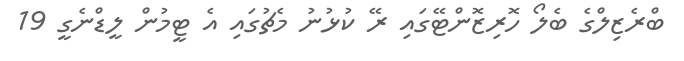
ބްރެޒިލްގެ ބެލޯ ހޮރިޒޮންޓޭގައި ރޭ ކުޅުނު މެޗުގައި އެ ޓީމުން ލީޑްނެގީ 19